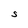
Character: S